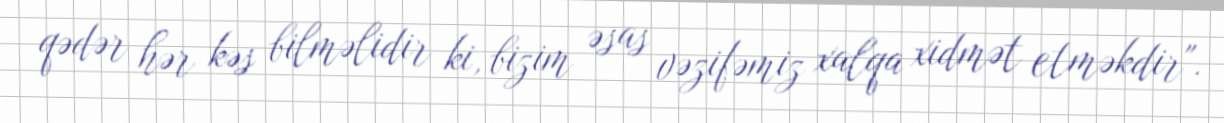
qədər hər kəs bilməlidir ki, bizim əsas vəzifəmiz xalqa xidmət etməkdir".